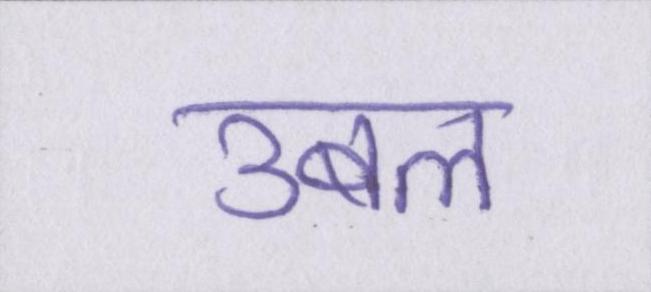
उबल